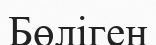
Бөліген